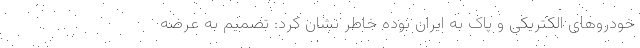
خودروهای الکتریکی و پاک به ایران بوده خاطر نشان کرد: تصمیم به عرضه